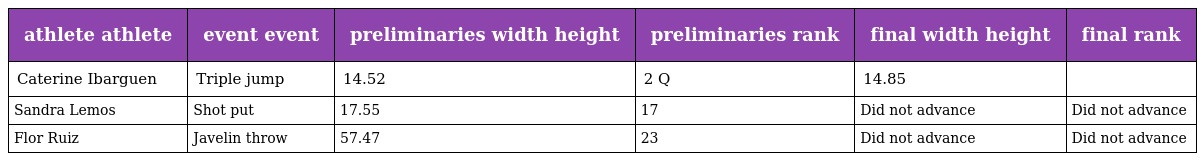
| athlete athlete | event event | preliminaries width height | preliminaries rank | final width height | final rank |
 | --- | --- | --- | --- | --- | --- |
 | Caterine Ibarguen | Triple jump | 14.52 | 2 Q | 14.85 |  |
 | Sandra Lemos | Shot put | 17.55 | 17 | Did not advance | Did not advance |
 | Flor Ruiz | Javelin throw | 57.47 | 23 | Did not advance | Did not advance |